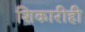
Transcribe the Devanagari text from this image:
शिकारीही